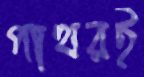
পাথরই